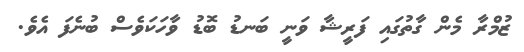
ޒުމްރާ މެން ގާތުގައި ފަރީޝާ ވަނީ ބަނޑު ބޮޑު ވާހަކަވެސް ބުނެފަ އެވެ.